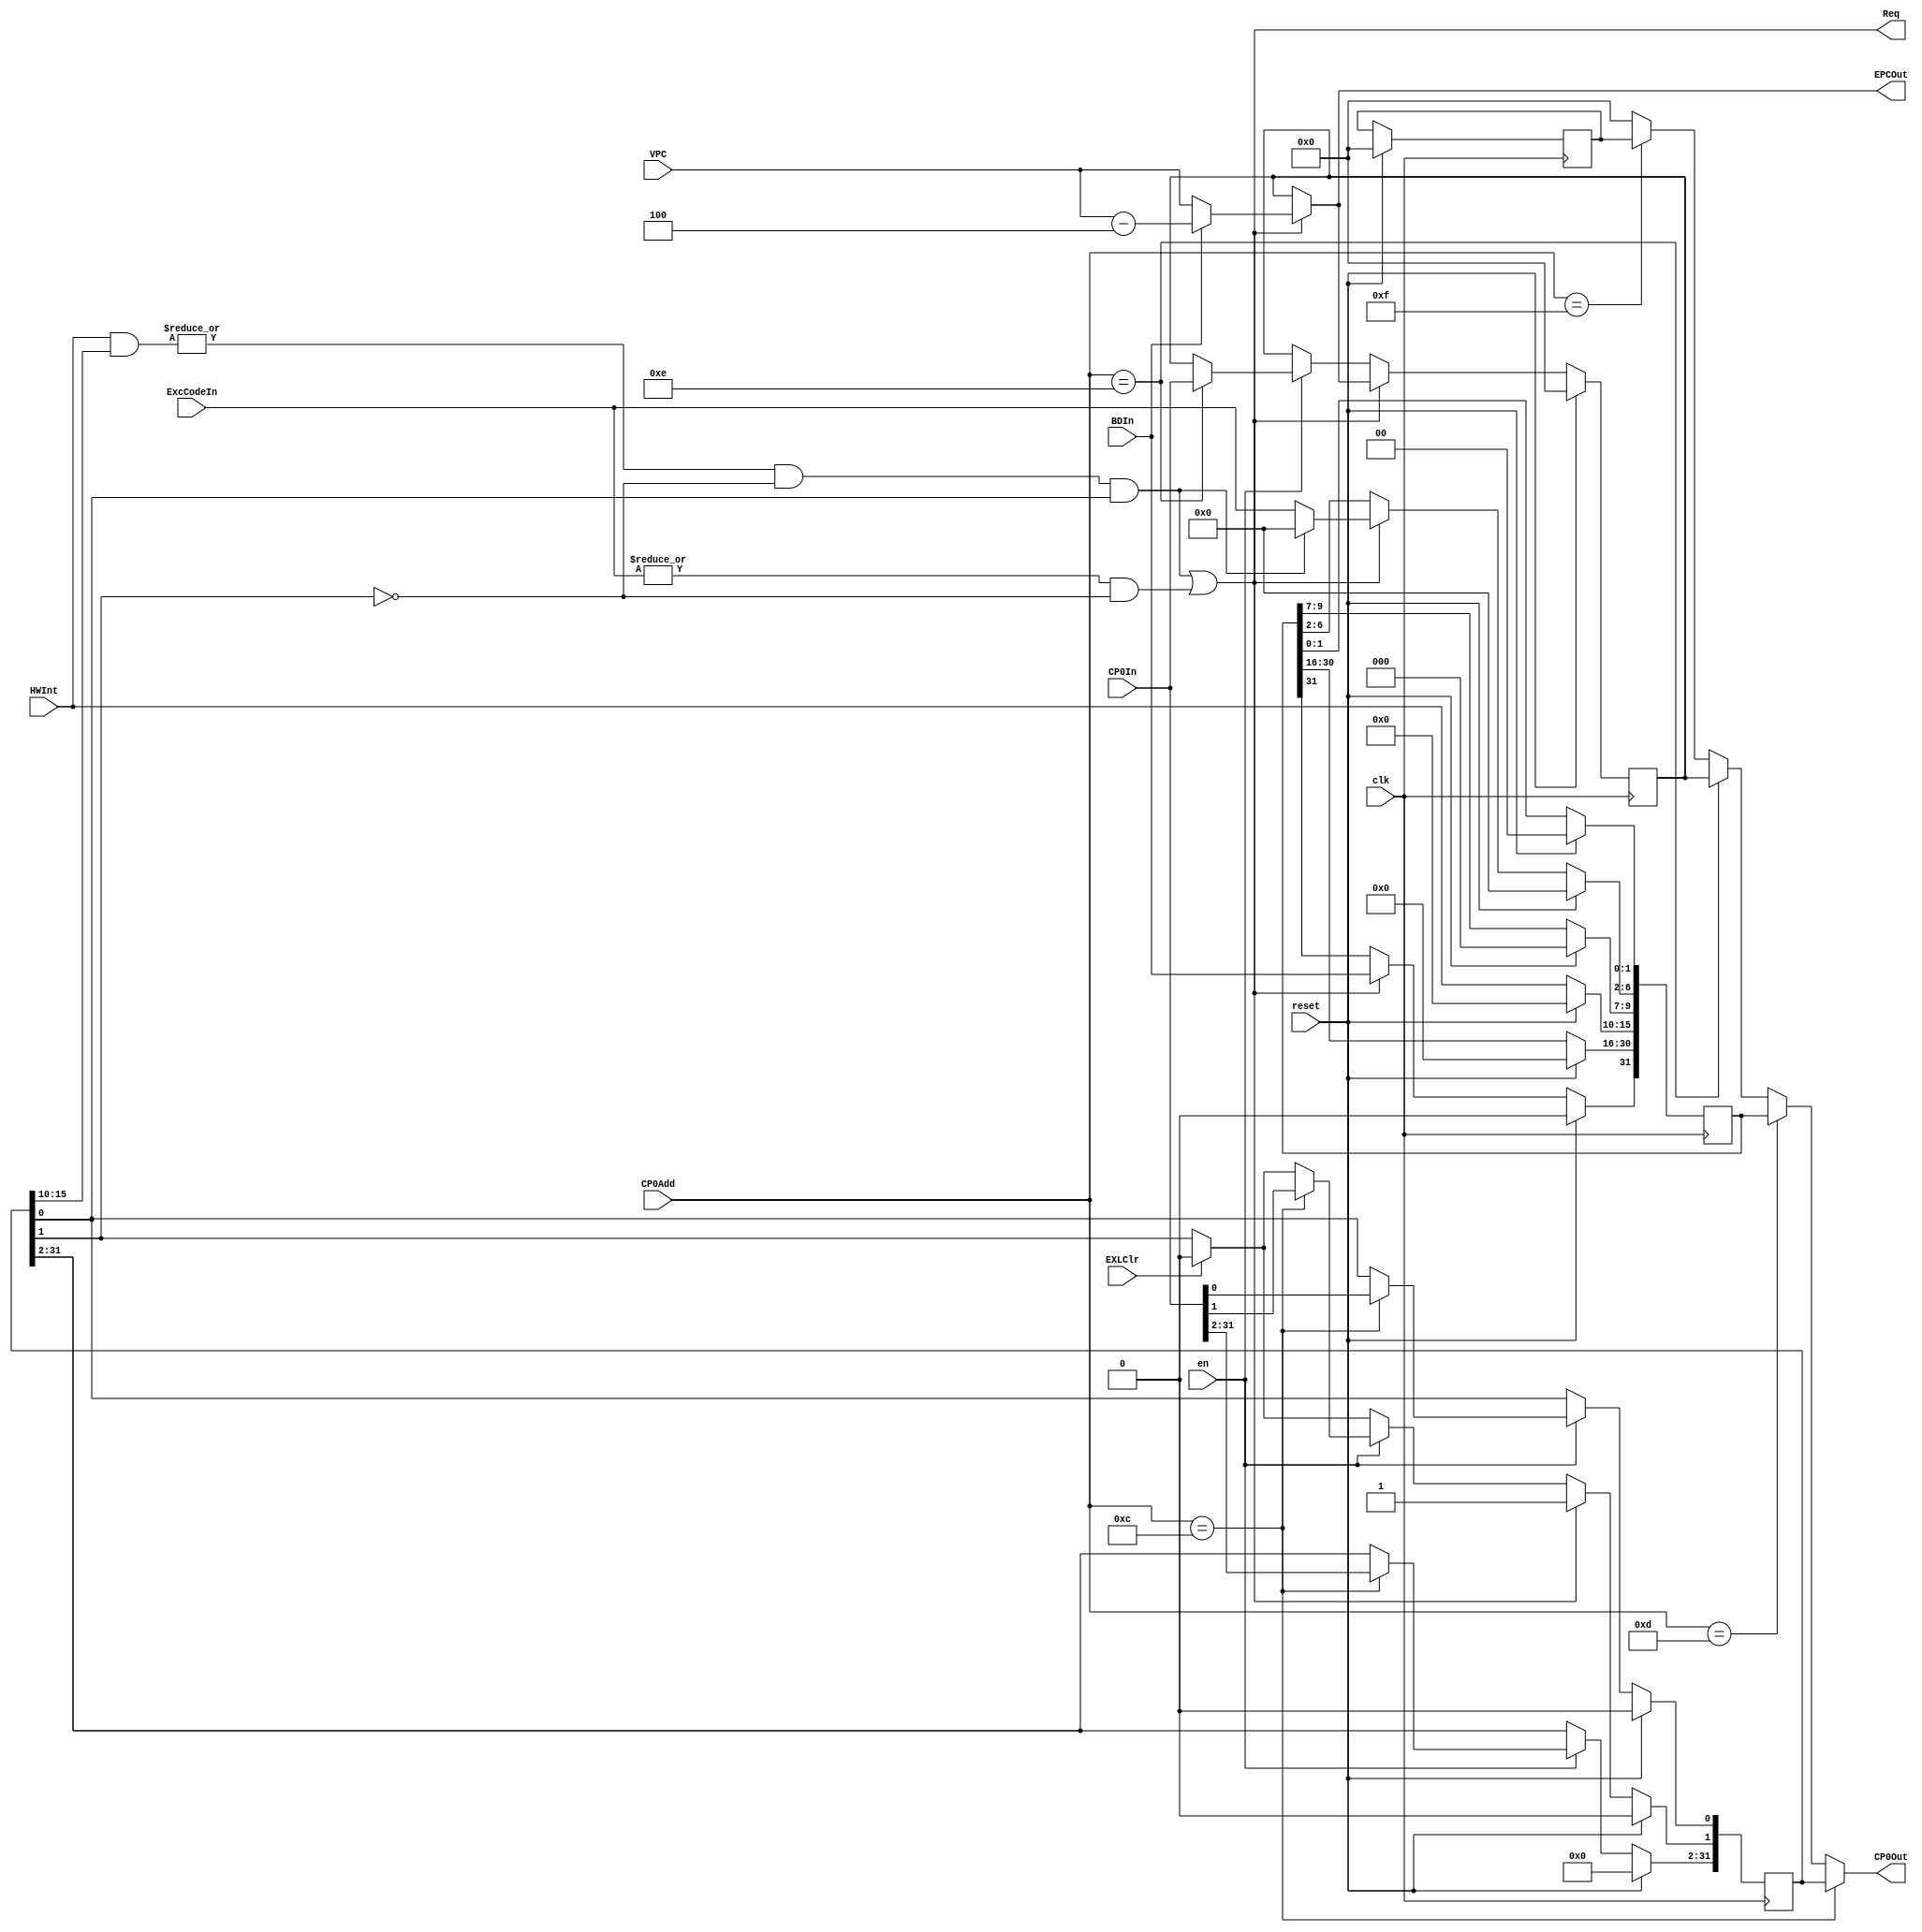
module CP0(
	input clk,
    input reset,
    input en,				//写使能信号。
    input [4:0] CP0Add,		//寄存器地址。
    input [31:0] CP0In,		//CP0 写入数据
    output [31:0] CP0Out,	//CP0 读出数据。
	
    input [31:0] VPC,		//受害 PC。
    input BDIn,				//是否是延迟槽指令。
    input [4:0] ExcCodeIn,	//记录异常类型。
    input [5:0] HWInt,		//输入中断信号。
    input EXLClr,			//用来复位 EXL。
    output [31:0] EPCOut,	//EPC 的值。
    output Req				//进入处理程序请求。
    );
 //SR=12
 //Cause=13
 //EPC=14
`define IM SR[15:10]
`define EXL SR[1]
`define IE SR[0]
`define BD Cause[31]
`define IP Cause[15:10]
`define ExcCode Cause[6:2]

	reg [31:0] SR;
	reg [31:0] Cause;
	reg [31:0] EPC;
	reg [31:0] PRId;
	
	wire IntReq = (|(HWInt & `IM)) & !`EXL & `IE; // 允许当前中断 且 不在中断异常中 且 允许中断发生
	wire ExcReq = (|ExcCodeIn) & !`EXL; // 存在异常，不在中断中
	assign Req  = (IntReq) | (ExcReq) ;
	
	always @ (posedge clk)begin
		if(reset)begin
			SR <= 0;
			Cause <= 0;
			EPC <= 0;
			PRId <= 0;
		end
		
		else begin
			`IP <= HWInt;
			if(EXLClr == 1'b1)begin
				`EXL <= 1'b0;
			end
			if(en == 1'b1)begin
				if (CP0Add == 5'd12) SR <= CP0In;
				if (CP0Add == 5'd14) EPC <= CP0In;
			end
			if(Req == 1'b1)begin
				`EXL <= 1'b1;
				EPC <= EPC_tmp;
				`BD <= BDIn;
				`ExcCode <= (IntReq == 1'b1) ? 5'b0 : ExcCodeIn;
			end
		end
	end
	wire [31:0] EPC_tmp = (Req == 1) ? ((BDIn == 1'b1) ? (VPC - 32'd4) : VPC) : EPC;
	assign EPCOut = EPC_tmp;
	assign CP0Out = (CP0Add == 12) ? SR : 
					(CP0Add == 13) ? Cause : 
					(CP0Add == 14) ? EPC : 
					(CP0Add == 15) ? PRId : 0;
endmodule